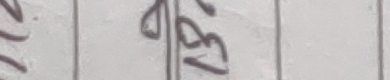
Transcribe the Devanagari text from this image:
१३७